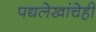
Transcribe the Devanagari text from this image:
पद्यलेखांचेही